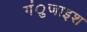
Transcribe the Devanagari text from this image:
गंुजाइश